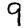
Digit: 9